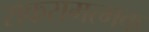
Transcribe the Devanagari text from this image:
सकरामत्मक